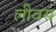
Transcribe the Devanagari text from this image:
लीवस